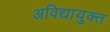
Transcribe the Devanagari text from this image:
अविद्यायुक्त